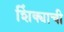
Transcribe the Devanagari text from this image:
शिंक्याची